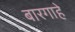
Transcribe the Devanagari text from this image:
बारगाहे